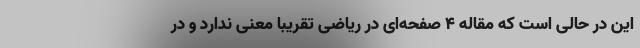
این در حالی است که مقاله ۴ صفحه‌ای در ریاضی تقریبا معنی ندارد و در